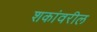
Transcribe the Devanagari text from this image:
शकांवरील